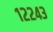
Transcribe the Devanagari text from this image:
१२२४३